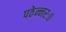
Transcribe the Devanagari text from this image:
पठेन्नरः॥